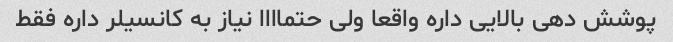
پوشش دهی بالایی داره واقعا ولی حتماااا نیاز به کانسیلر داره فقط